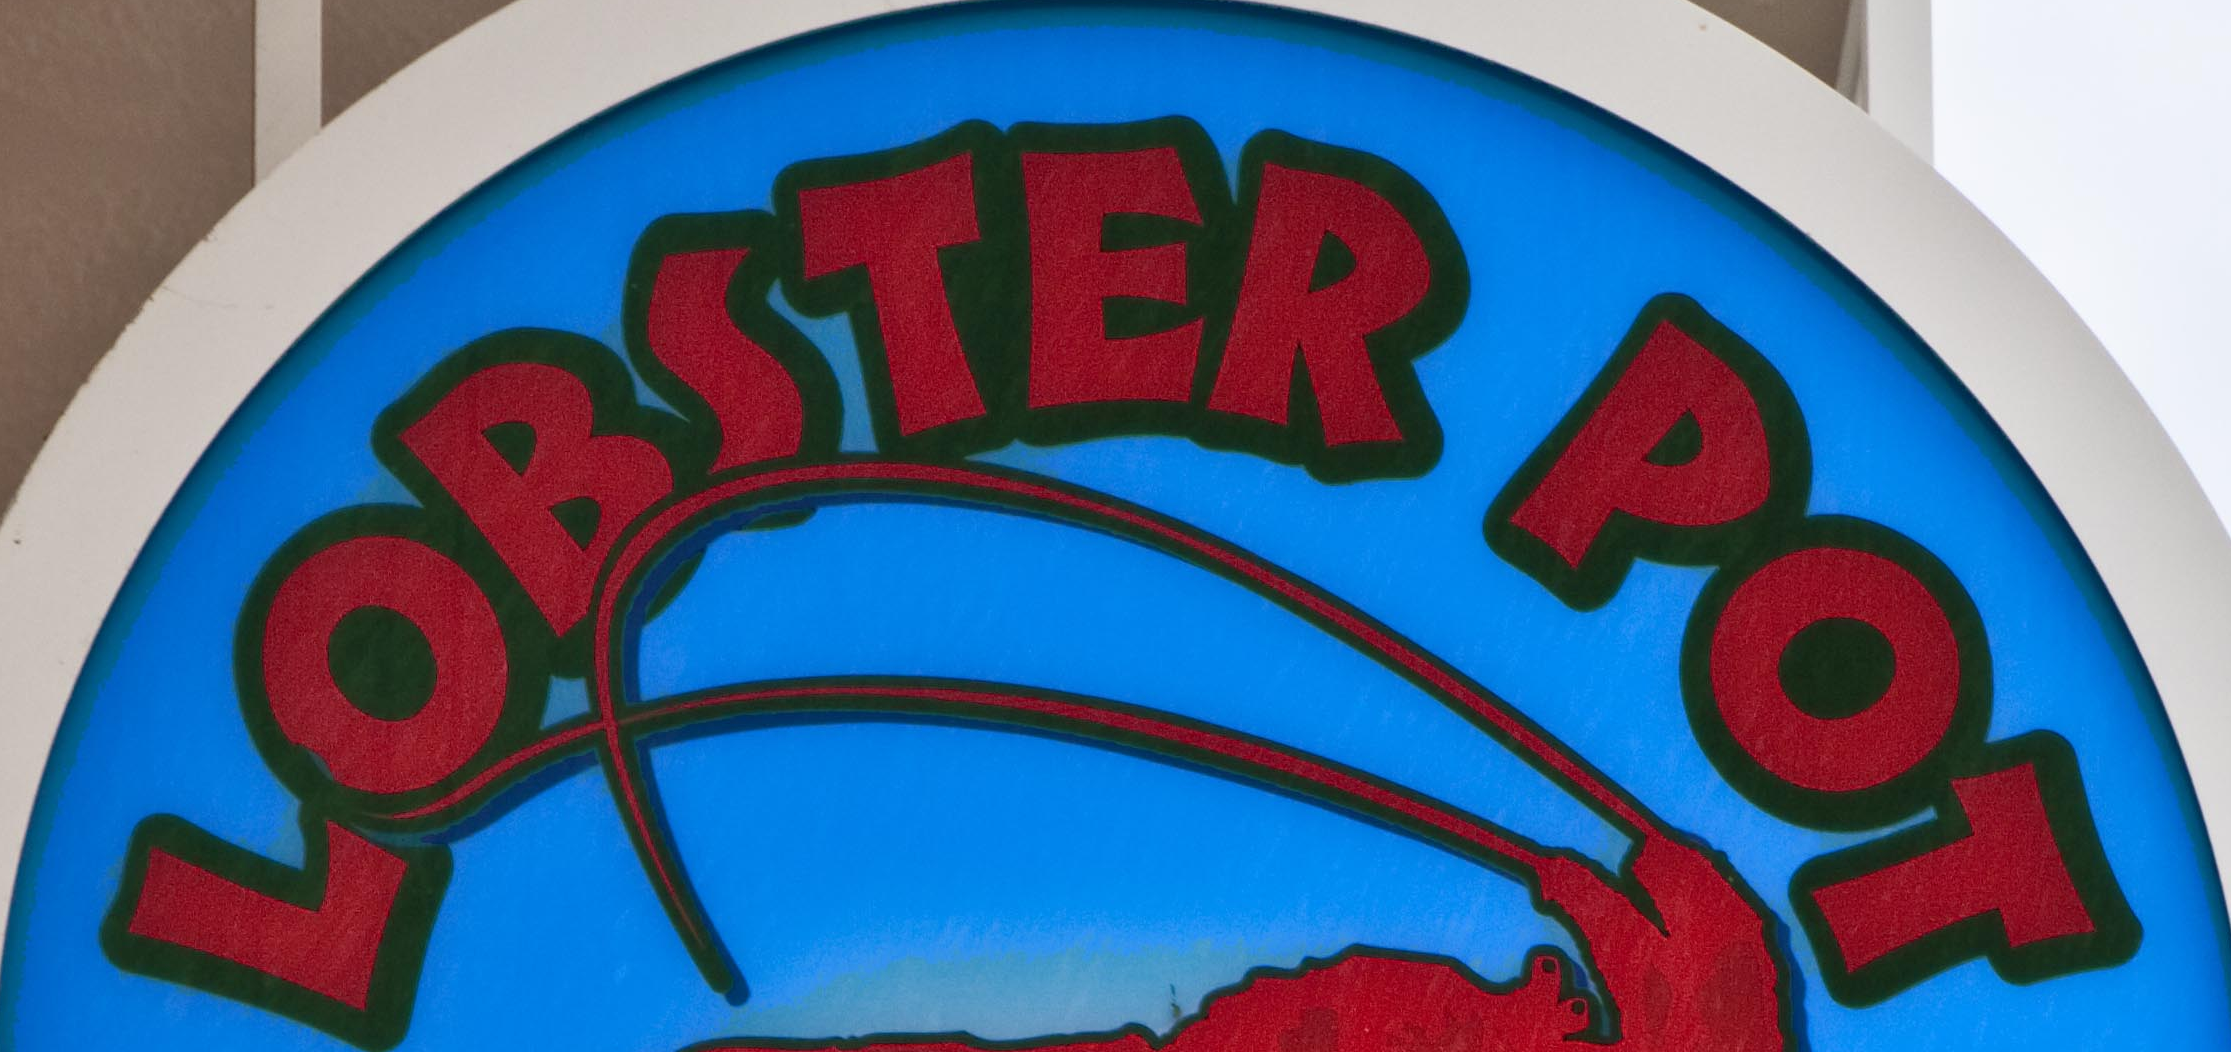
LOBSTER POT